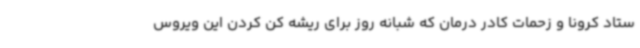
ستاد کرونا و زحمات کادر درمان که شبانه روز برای ریشه کن کردن این ویروس